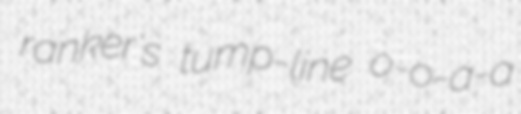
ranker's tump-line o-o-a-a